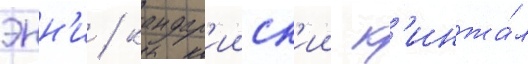
энн'и / кандар'ииск'ии к'инжа́л